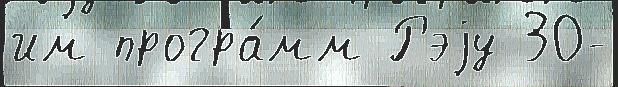
им програ́мм Рэjу 30-